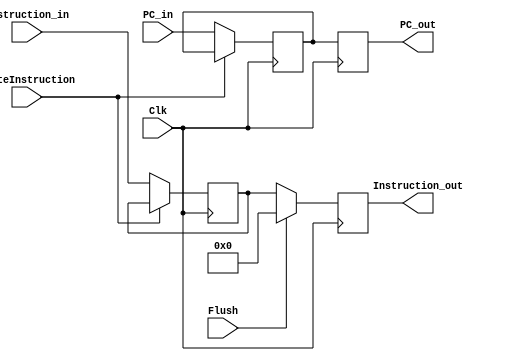
//Percentages
//Mason: 33%
//Alex: 33%
// Ali: 33%
module IF_ID_Register(
    input Clk,          // Clock input
    input [31:0] PC_in,         // 32-bit PC value input from IF stage
    input [31:0] Instruction_in, // 32-bit instruction input from IF stage
    input WriteInstruction, //this toggle will make sure you cannot update PC_in and set instruction_out to zero
    input Flush,
    
    output reg [31:0] PC_out,        // 32-bit PC value output to ID stage
    output reg [31:0] Instruction_out // 32-bit instruction output to ID stage
    );

    reg [31:0] PC;     
    reg [31:0] Instruction;
    
    initial begin
        PC_out = 32'd0;
        Instruction_out = 32'd0;
    end
    
    
    always @(posedge Clk) begin
        

        if (!WriteInstruction) begin
            Instruction <= Instruction_in;
            PC <= PC_in;
        end
        
    end
    
    always @(negedge Clk) begin
//        $display("pooping at IFID");
        PC_out <= PC;
        Instruction_out <= Instruction;

//        if(WriteInstruction) begin
//            Instruction_out <= 32'd0;
//        end
//        else begin 
//            Instruction_out <= Instruction;
//        end
        if (Flush) Instruction_out <= 32'd0;
        
    end

endmodule